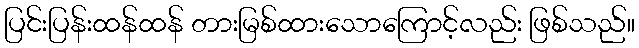
ပြင်းပြန်းထန်ထန် တားမြစ်ထားသောကြောင့်လည်း ဖြစ်သည်။